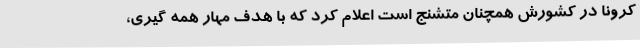
کرونا در کشورش همچنان متشنج است اعلام کرد که با هدف مهار همه گیری،